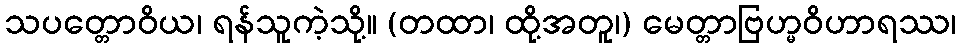
သပတ္တောဝိယ၊ ရန်သူကဲ့သို့။ (တထာ၊ ထို့အတူ၊) မေတ္တာဗြဟ္မဝိဟာရဿ၊